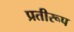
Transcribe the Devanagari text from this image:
प्रतीरूप